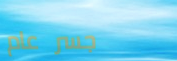
جسر عام